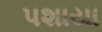
પશાયા